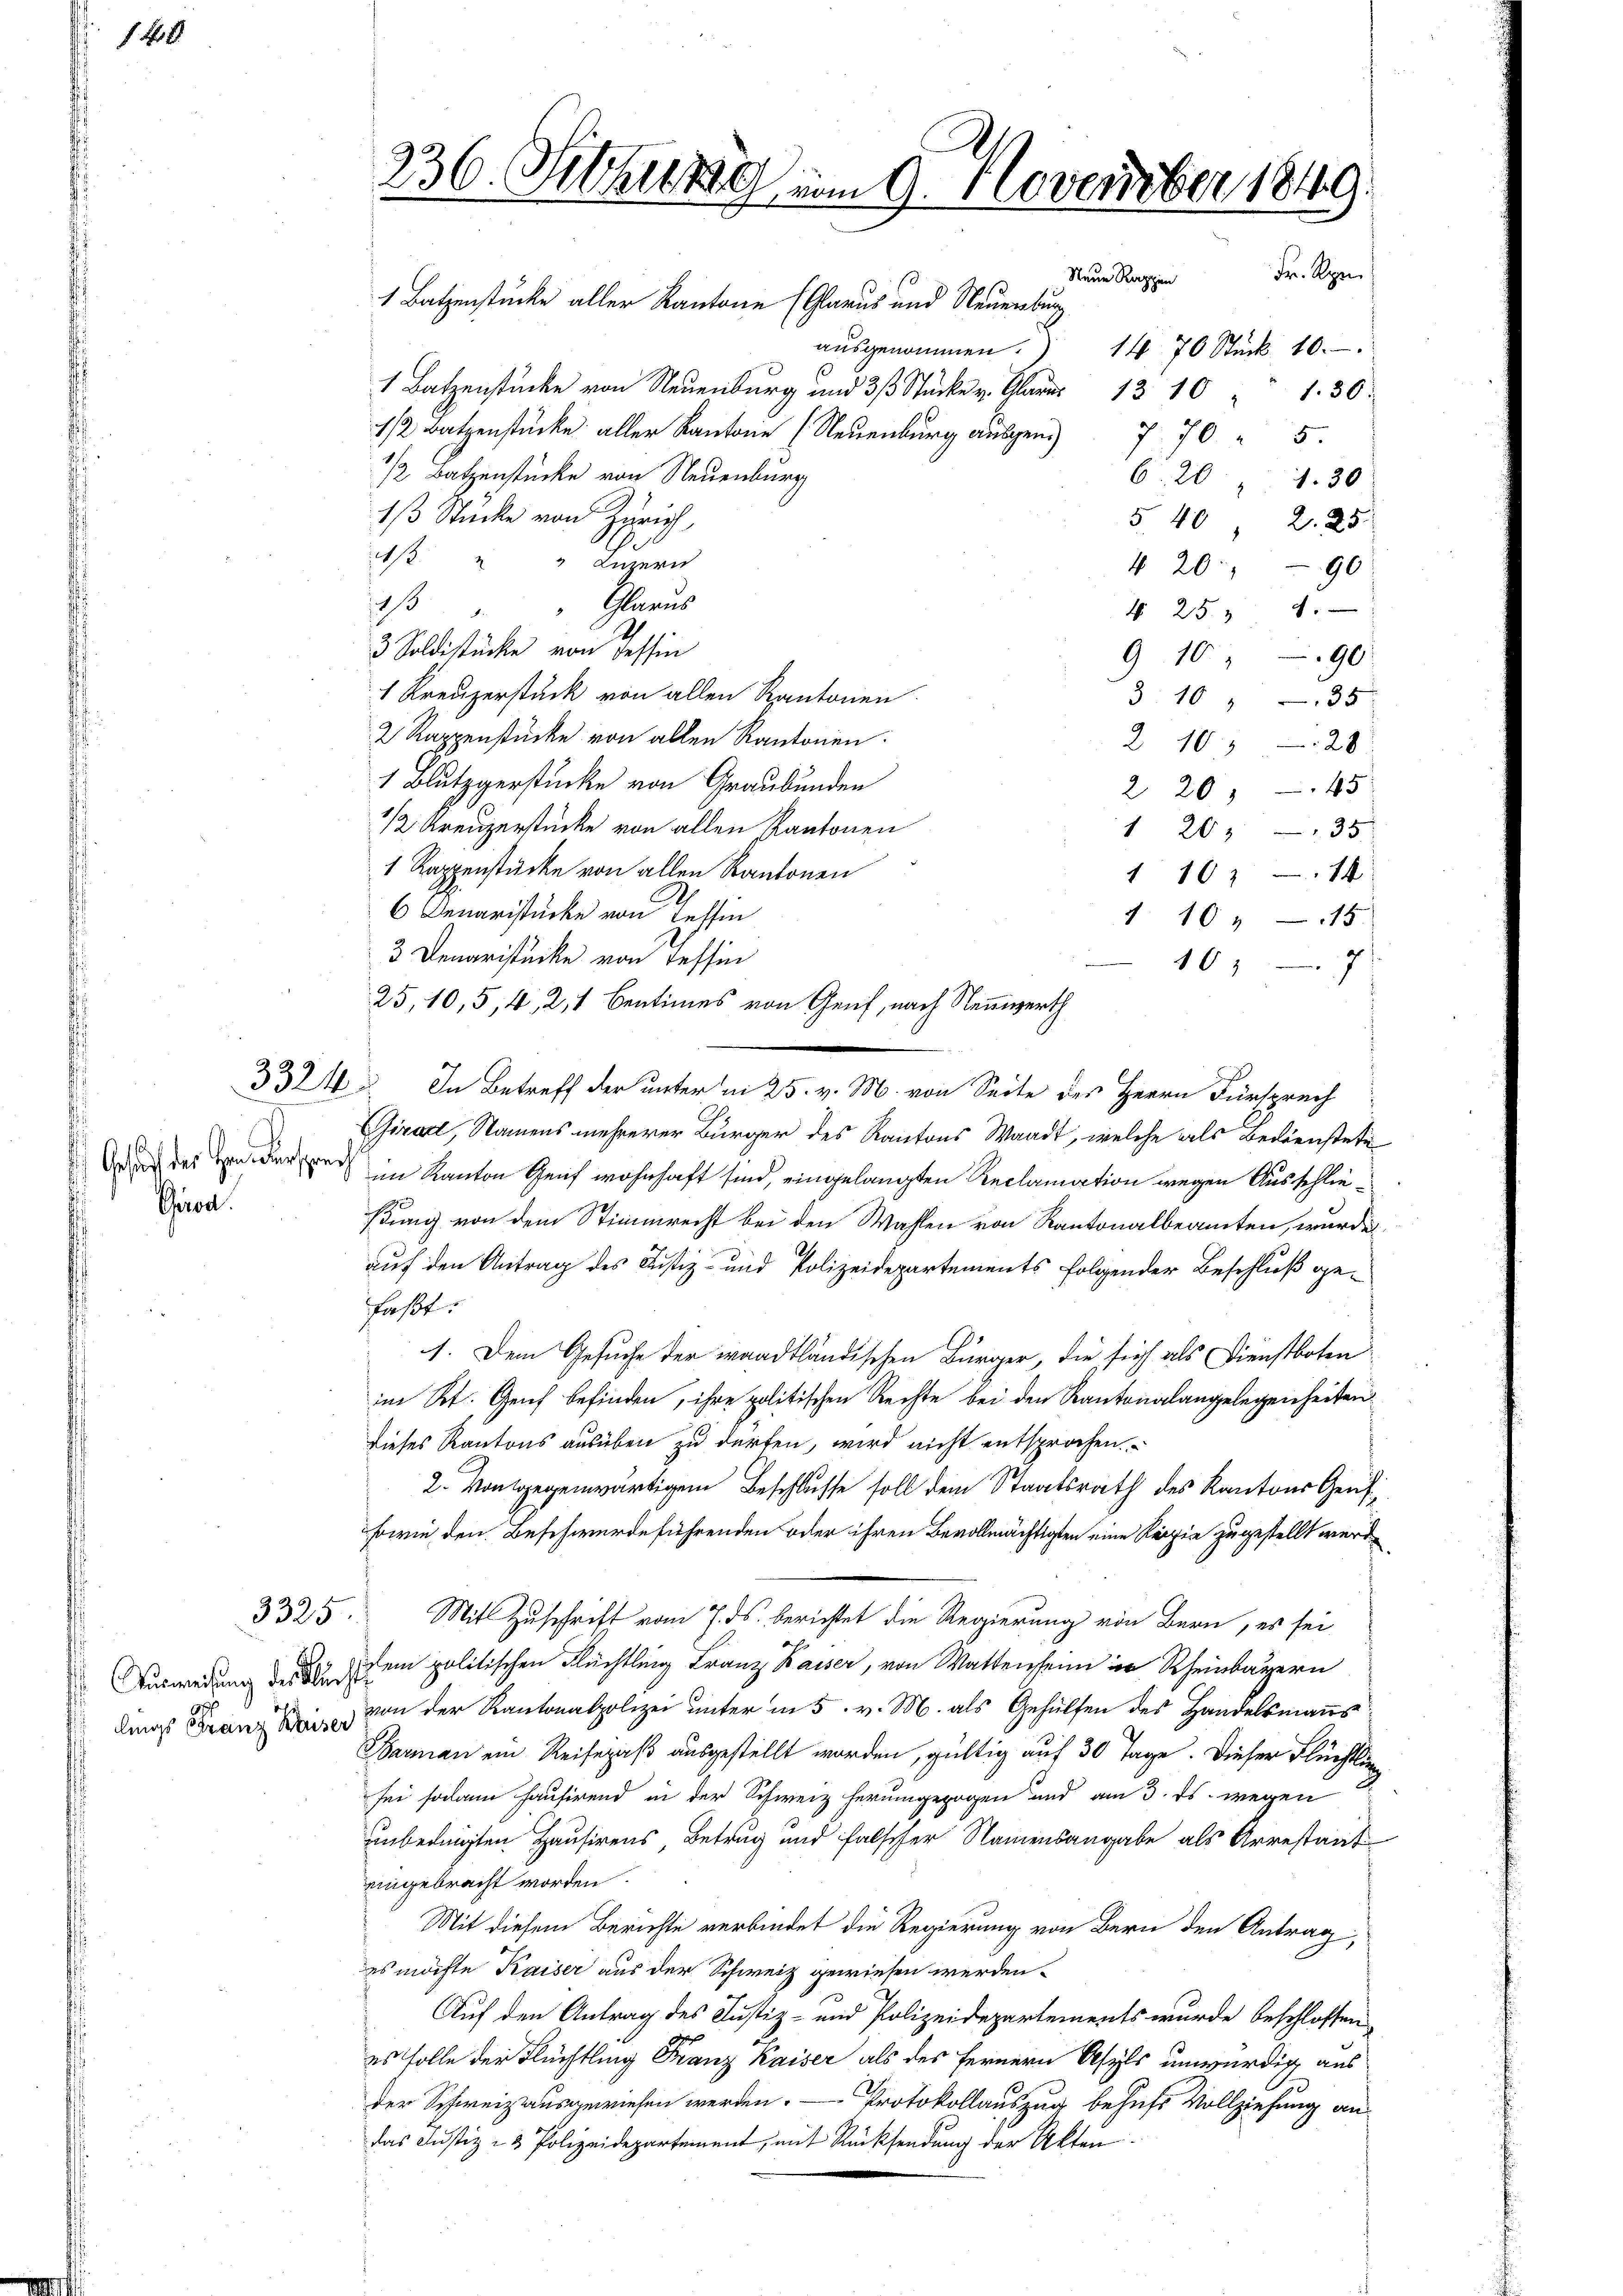
140

Gesucht der Herr dersprech
Grod.

Ausweisung des Kürst
lings Franz Kaiser

1 Batzenstücke aller Kantone (Glarus und Neuenburg
 Bazenstücke von Neuenburg und 3 Stücke v. Glarus 13 10 " 130.
 Bazenstücke aller Kanton Neuenburg ausgen 7 705
1/2 Batzenstücke von Neuenburg
13 Stücke von Zürich,
aβ " " Luzern
aß
 Glarus
3 Soldstücke von Tessin
1 Kreuzerstück von allen Kantonen
2 Rappenstücke von allen Kantonen.
2103
1 Blutzgerstücke von Graubünden
2 20, 45
1/2 Kreuzerstücke von allen Kantonen
1 20, 35
1 Rappenstücke von allen Kantonen
1102 - 14
Denaristücke von Tessin
1 10 " 15
3 Demaristücke von Tessin
1617
25,10,5, 4, 2, 1 Bentimes von Genf, nach Nennwerth
3324. In Betreff der unter in 25. v. M. von Seite des Herrn Fürsprech
Girardt, Namens mehrerer Bürger des Kantons Waadt, welche als Bedienstete
im Kanton Genf wohnhaft sind, eingelangten Reclamation wegen Ausschließung von dem Stimmrecht bei den Wahlen von Kantonalbeamten, wurde
auf den Antrag des Justiz- und Polizeidepartements folgender Beschluß gefaßt
1. Dem Gesuche der waadtländischen Bürger, die sich als Dienstboten
im St. Genf befinden, ihre politischen Rechte bei den Kantonalangelegenheiten
Dieses Kantons ausüben zu dürfen, wird nicht entsprochen.
2. Vontgegenwärtigem Beschlusse soll dem Staatsrath des Kantons Ges
sowie den Beschwerdeführenden oder ihren Bevollmächtigten eine Regie zugestellt werde
3325.
Mit Zuschrift vom 7. ds. berichtet die Regierung von Bern, es sei
dem politischen Flüchtling Franz Kaiser, von Wattensen in Rheinbayern
von der Kantonalpolizei unter in 5. v. M. als Gehülfen des Handelsmanns
Barman ein Reisepaß ausgestellt worden, gültig auf 30 Tage. Dieser Flüchtli
sei sodann hausirend in der Schweiz herumgezogen und am 3. ds. wegen
unbedingten Hausirens Betrug und falscher Namensangabe als Arrestaat
eingebracht worden.
Mit diesem Berichte verbindet die Regierung von Bern den Antrag
es möchte Kaiser aus der Schweiz gewiesen werden.
Auf den Antrag des Justiz- und Polizeidepartements wurde beschlossen
es solle der Flüchtling Franz Kaiser als des fernern Asyls unwürdig aus
der Schweiz ausgewiesen werden. — Protokollauszug behufs Vollziehung andas Justiz- & Polizeidepartement, mit Rücksendung der Akten

236. Februar vom 9. November 1849
.

Neue Rappen

aŭsgenommen. 14. 70 Stück. 10.
6. 20 " 130
540, 225.
4 20:
90
§ 253 4
9 10 " 90
3 10 35

Fr. Ren

28